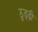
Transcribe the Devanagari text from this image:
ठुड्ढ़ी